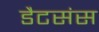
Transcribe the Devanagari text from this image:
डैटसंस